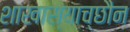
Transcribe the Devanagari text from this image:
शाखास्याच्छौन